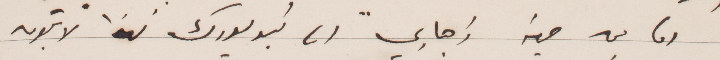
اما من جهة ذهابي الى نيويورك فهذا لا يكون